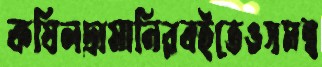
কষিলদ্রামানিরবইতেওসমন্ব